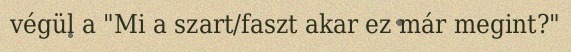
végül a "Mi a szart/faszt akar ez már megint?"